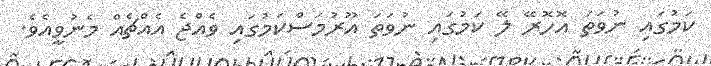
ކަމުގައި ނުވަތަ އޮހޮރޭ ލޭ ކަމުގައި ނުވަތަ އޫރުމަސްކަމުގައި ވެއްޖެ އެއްޗެއް މެނުވީއެވެ.